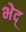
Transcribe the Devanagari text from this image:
भेद्